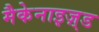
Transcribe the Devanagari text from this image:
मैकेनाइज़्ड